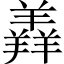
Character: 羴